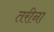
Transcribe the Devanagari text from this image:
तरीना